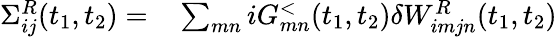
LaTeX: \begin{array}{rl}{\Sigma_{ij}^{R}(t_{1},t_{2})=}&{{}\sum_{mn}iG_{mn}^{<}(t_{1},t_{2})\delta W_{imjn}^{R}(t_{1},t_{2})}\end{array}